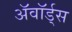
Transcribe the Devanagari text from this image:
ॲवॉर्ड्‌स